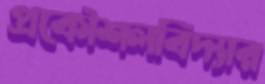
প্রকৌশলবিদ্যার